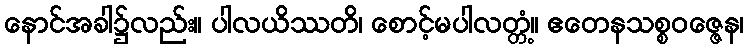
နောင်အခါ၌လည်း။ ပါလယိဿတိ၊ စောင့်မပါလတ္တံ့။ ဧတေနသစ္စဝဇ္ဇေန၊